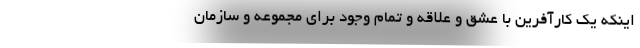
اینکه یک کارآفرین با عشق و علاقه و تمام وجود براي مجموعه و سازمان